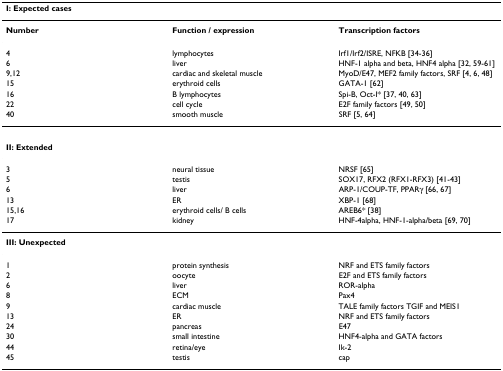
<table><thead><tr><td colspan="3"><b>I: Expected cases</b></td></tr></thead><tbody><tr><td><b>Number</b></td><td><b>Function / expression</b></td><td><b>Transcription factors</b></td></tr><tr><td>4</td><td>lymphocytes</td><td>Irf1/Irf2/ISRE, NFKB [34-36]</td></tr><tr><td>6</td><td>liver</td><td>HNF-1 alpha and beta, HNF4 alpha [32, 59-61]</td></tr><tr><td>9,12</td><td>cardiac and skeletal muscle</td><td>MyoD/E47, MEF2 family factors, SRF [4, 6, 48]</td></tr><tr><td>15</td><td>erythroid cells</td><td>GATA-1 [62]</td></tr><tr><td>16</td><td>B lymphocytes</td><td>Spi-B, Oct-I* [37, 40, 63]</td></tr><tr><td>22</td><td>cell cycle</td><td>E2F family factors [49, 50]</td></tr><tr><td>40</td><td>smooth muscle</td><td>SRF [5, 64]</td></tr><tr><td colspan="3"><b>II: Extended</b></td></tr><tr><td>3</td><td>neural tissue</td><td>NRSF [65]</td></tr><tr><td>5</td><td>testis</td><td>SOX17, RFX2 (RFX1-RFX3) [41-43]</td></tr><tr><td>6</td><td>liver</td><td>ARP-1/COUP-TF, PPARγ [66, 67]</td></tr><tr><td>13</td><td>ER</td><td>XBP-1 [68]</td></tr><tr><td>15,16</td><td>erythroid cells/ B cells</td><td>AREB6* [38]</td></tr><tr><td>17</td><td>kidney</td><td>HNF-4alpha, HNF-1-alpha/beta [69, 70]</td></tr><tr><td colspan="3"><b>III: Unexpected</b></td></tr><tr><td>1</td><td>protein synthesis</td><td>NRF and ETS family factors</td></tr><tr><td>2</td><td>oocyte</td><td>E2F and ETS family factors</td></tr><tr><td>6</td><td>liver</td><td>ROR-alpha</td></tr><tr><td>8</td><td>ECM</td><td>Pax4</td></tr><tr><td>9</td><td>cardiac muscle</td><td>TALE family factors TGIF and MEIS1</td></tr><tr><td>13</td><td>ER</td><td>NRF and ETS family factors</td></tr><tr><td>24</td><td>pancreas</td><td>E47</td></tr><tr><td>30</td><td>small intestine</td><td>HNF4-alpha and GATA factors</td></tr><tr><td>44</td><td>retina/eye</td><td>Ik-2</td></tr><tr><td>45</td><td>testis</td><td>cap</td></tr></tbody></table>